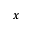
x